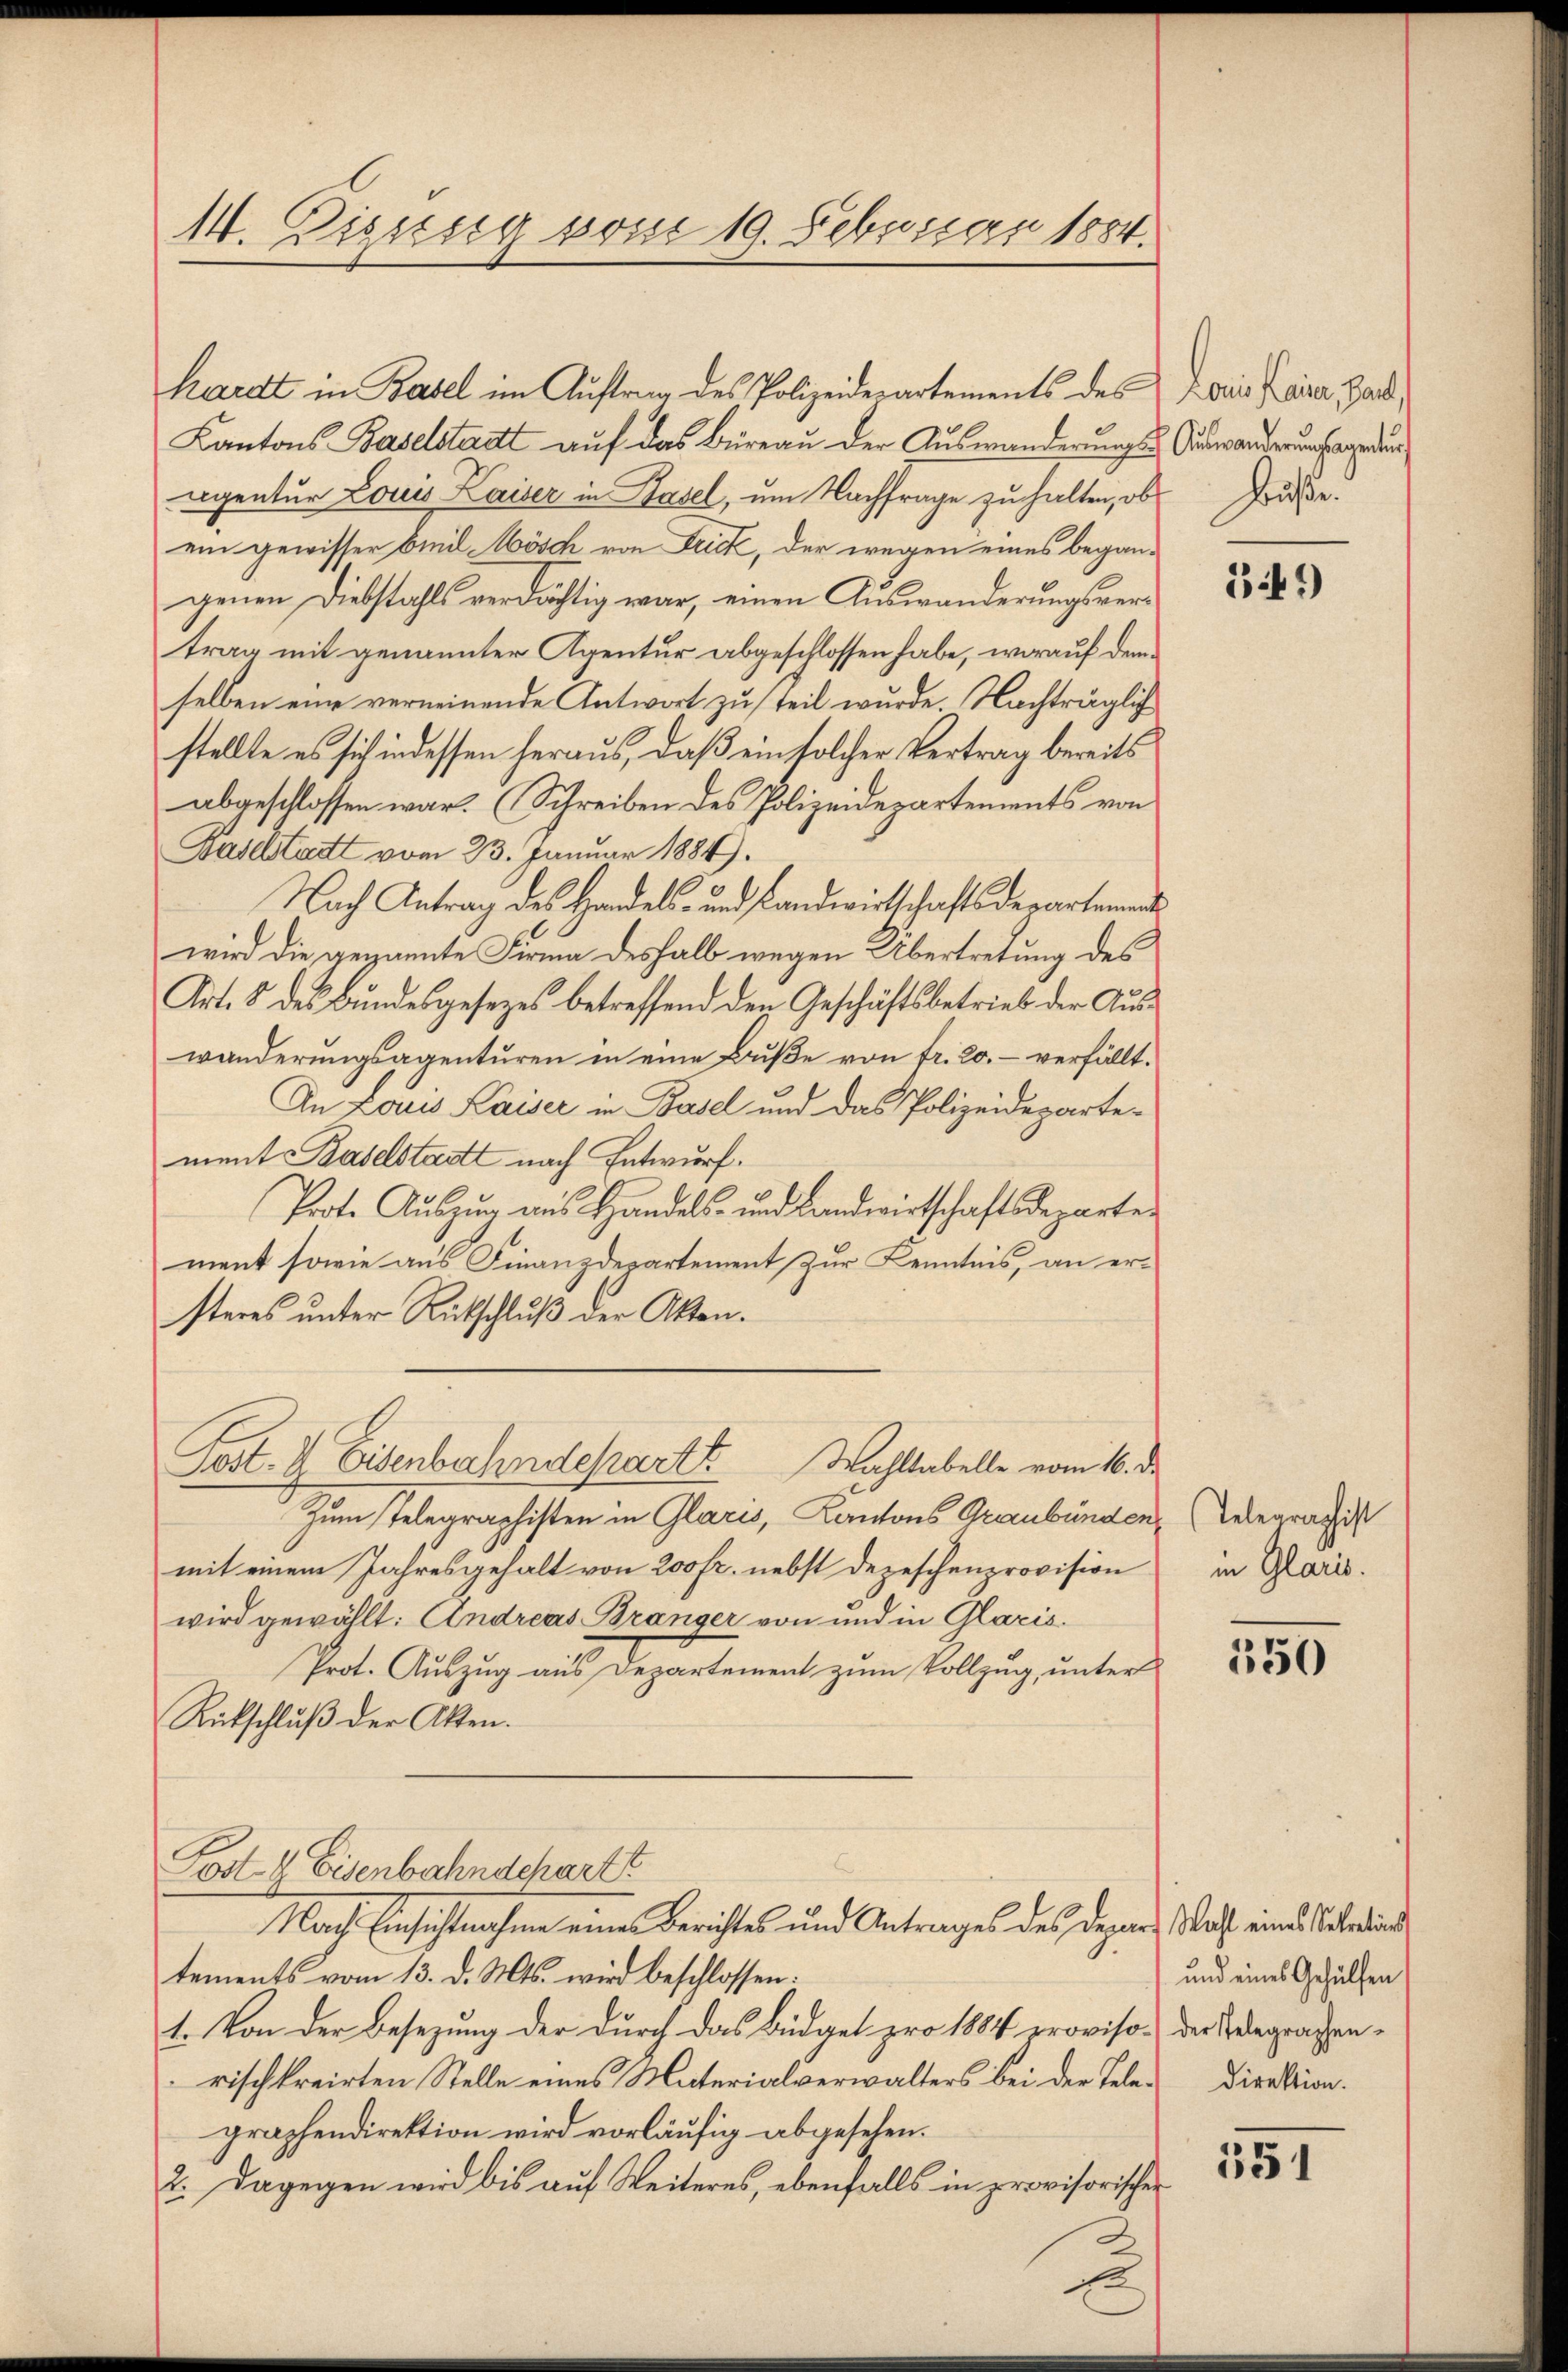
14. Diessig vom 19. Febuisarn 1884.

Kantons-Baselstadtt auf das Büreau der Auswanderungseigentur Louis Kaiser in Basel, um Nachfrage zu halten, ob
ein gewisser bindl Mösch von Frick, der wegen eines begangenen Diebstahls verdächtig war, einen Auswanderungsvertrag mit genannter Agentur abgeschlossen habe, worauf dem
selben eine verneinende Antwort zu teil wurde. Nachträglich
stellte es sich indessen heraus, daß ein solcher Vertrag bereits
abgeschlossen war. (Schreiben des Polizeidepartements von
Baselstadt vom 23. Januar 1884).
Nach Antrag des Handels- und Landwirtschaftsdepartemen
wird die genannte Firma deshalb wegen Übertretung des
Art. 8 des Bundesgesezes betreffend den Geschäftsbetrieb der Auswänderŭngsagentŭren in eine Bŭβe von fr. 20.- verfällt.
An Lois Kaiser in Basel und das Polizeideparte-
ment Baselstadtt nach Entwurf.
Prote Aŭszŭg aŭs Handels- und Bandwirtschaftsdeparte
ment sowie aus Finanzdepartement zur Kenntnis, an ersteres unter Ritschluß der Akten.
Post- & Eisenbahndepart Wahltabelle vom 16. d.
Zum Telegraphisten in Glaris, Kantons Graubünden,
mit einem Jahresgehalt von 200 fr. nebst Depeschenprovision
wird gewählt: Andreas Bränger von und in Glaris.
Prot. Auszug aus Departement zum Vollzug, unter
Rückschluß der Akten.
Post 4. Eisenbahnschartt
Nach Einsichtnahme eines Berichtes und Antrages des Depar- Wolf eines Scheid
tements vom 13. d. Mts. wird beschlossen:
1. Von der Besetzung der durch das Büdget pro 1884 proviso- der degraphenrischkreirten Stelle eines Materialverwalters bei der Tele-Direktion.
graphendirektion wird vorläufig abgesehen.
2. Dagegen wird bis auf Weiteres, ebenfalls in provisorischen

Kardt in Basel im Auftrag des Polizeiderartements des das Kana Land¬

Auswanderungsagentur
Buße.

1441)

Telegraphist
in Glaris.

350

und eines Gehülfen

151